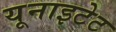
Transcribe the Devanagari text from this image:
यूनाइटेट